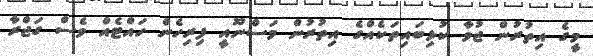
މީގެ އިތުރުން ޖުވާ ކުޅިބައިތަކެއްގެ އިތުރުން މަސްނޫއީ ފިރިހެން ހައްޓެއް ވެސް ގަޖްރާ